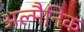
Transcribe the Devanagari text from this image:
अल्मैनिक